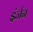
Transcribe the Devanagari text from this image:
इंर्जन